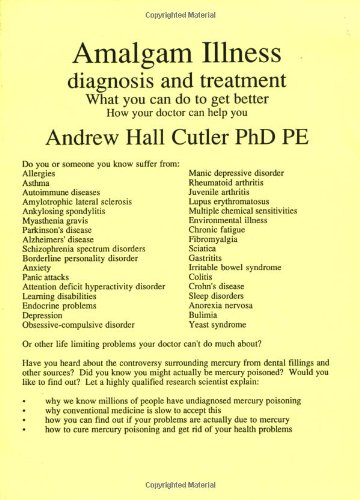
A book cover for Amalgam Illness, Diagnosis and Treatment : What You Can Do to Get Better, How Your Doctor Can Help; Andrew Hall Cutler; Medical Books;